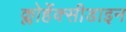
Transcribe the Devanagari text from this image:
क्लोर्हेक्सीडाइन